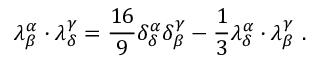
\lambda _ { \beta } ^ { \alpha } \cdot \lambda _ { \delta } ^ { \gamma } = { \frac { 1 6 } { 9 } } \delta _ { \delta } ^ { \alpha } \delta _ { \beta } ^ { \gamma } - { \frac { 1 } { 3 } } \lambda _ { \delta } ^ { \alpha } \cdot \lambda _ { \beta } ^ { \gamma } ~ .